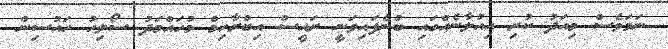
ނަމަވެސް މިއަދު ކުރި އިއުލާނެއްގައި ބުނެފައިވަނީ ރައީސް އިބްރާހިމް މުހައްމަދު ސޯލިހު ހައުސިން